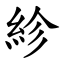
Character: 紾